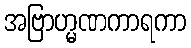
အဗြာဟ္မဏကာရကာ